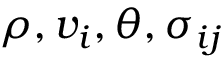
\rho , v _ { i } , \theta , \sigma _ { i j }